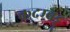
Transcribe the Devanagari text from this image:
कदम्बट्टू